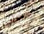
أدخلي